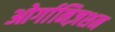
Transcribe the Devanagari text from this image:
ओर्गानिज़शन